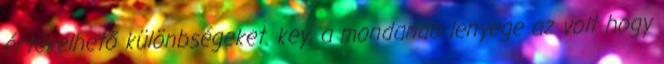
értékelhető különbségeket. key, a mondando lenyege az volt hogy